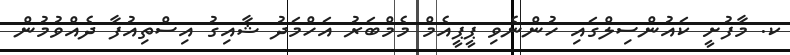
ކ. މާފުށީ ކައުންސިލްގައި ހުންނެވި ޕީޕީއެމް މެމްބަރު އަހްމަދު ޝާއިގު އިސްތިއުފާ ދެއްވުމުން